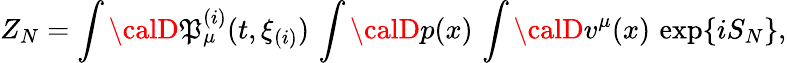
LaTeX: Z_{N}=\int{\calD}\mathfrak{P}_{\mu}^{(i)}(t,\xi_{(i)})\, \int{\calD}p(x)\, \int{\calD}v^{\mu}(x)\, \exp\{ iS_{N}\} ,